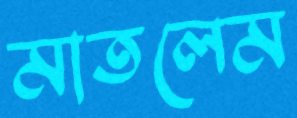
মাতলেম